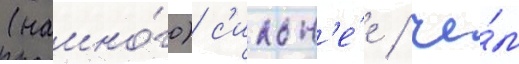
(намно́го) с'ильн'е́е / че́м